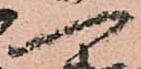
一